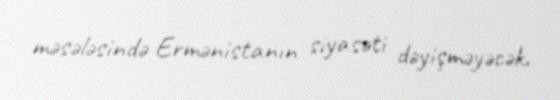
məsələsində Ermənistanın siyasəti dəyişməyəcək.